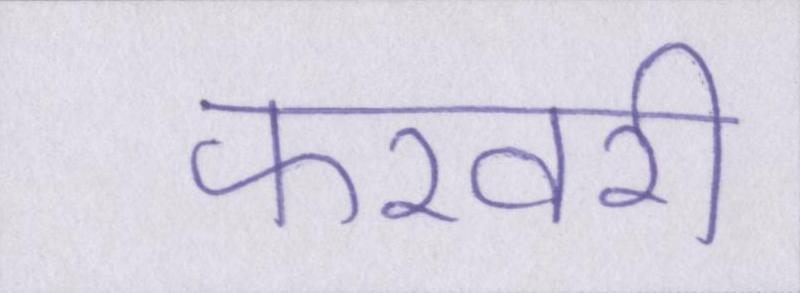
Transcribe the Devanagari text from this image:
फरवरी